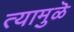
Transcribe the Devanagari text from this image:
त्यामुळॆ